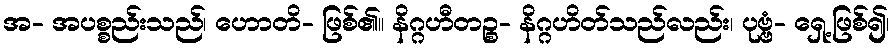
အ- အပစ္စည်းသည်၊ ဟောတိ- ဖြစ်၏။ နိဂ္ဂဟီတဉ္စ- နိဂ္ဂဟိတ်သည်လည်း၊ ပုဗ္ဗံ- ရှေ့ဖြစ်၍၊